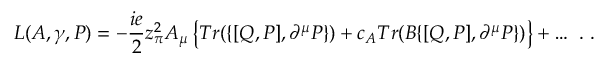
L ( A , \gamma , { \cal P } ) = - \frac { i e } { 2 } z _ { \pi } ^ { 2 } A _ { \mu } \left\{ T r ( \{ [ Q , { \cal P } ] , \partial ^ { \mu } { \cal P } \} ) + c _ { A } T r ( B \{ [ Q , { \cal P } ] , \partial ^ { \mu } { \cal P } \} ) \right\} + \ldots ~ . ~ .